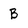
Character: B